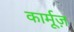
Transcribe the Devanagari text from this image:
कार्मूज़